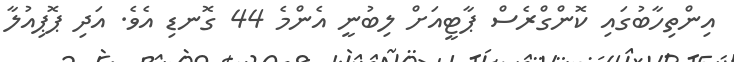
އިންތިހާބުގައި ކޮންގްރެސް ޕާޓީއަށް ލިބުނީ އެންމެ 44 ގޮނޑި އެވެ. އަދި ޕޮޕިއުލާ